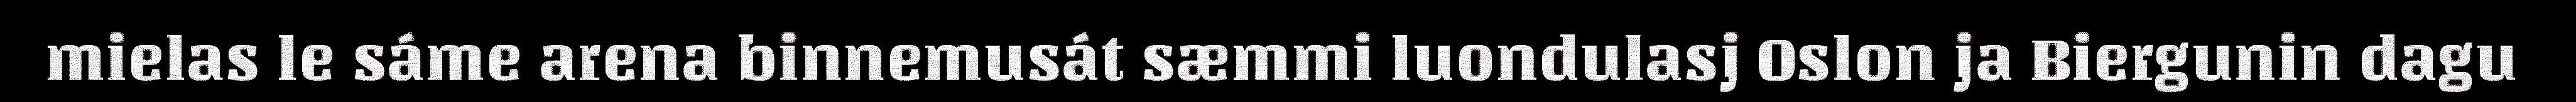
mielas le sáme arena binnemusát sæmmi luondulasj Oslon ja Biergunin dagu